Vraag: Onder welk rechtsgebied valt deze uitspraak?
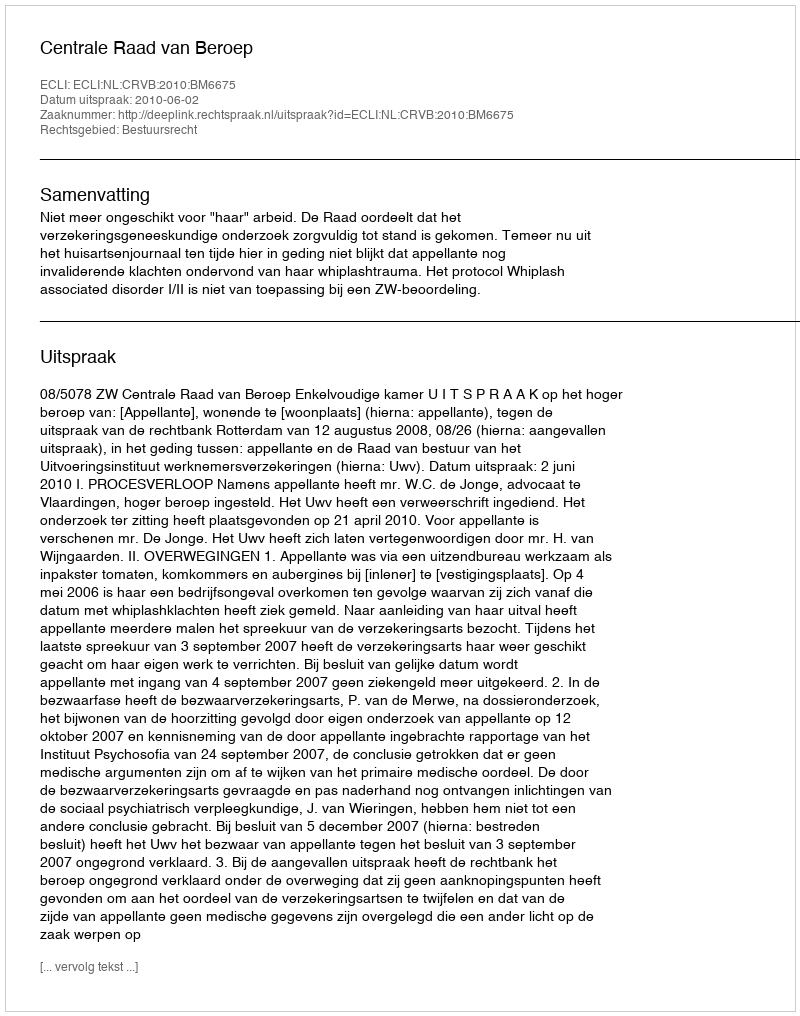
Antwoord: Bestuursrecht